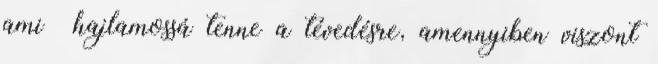
ami hajlamossá tenne a tévedésre, amennyiben viszont